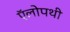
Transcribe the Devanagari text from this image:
ऍलोपथी